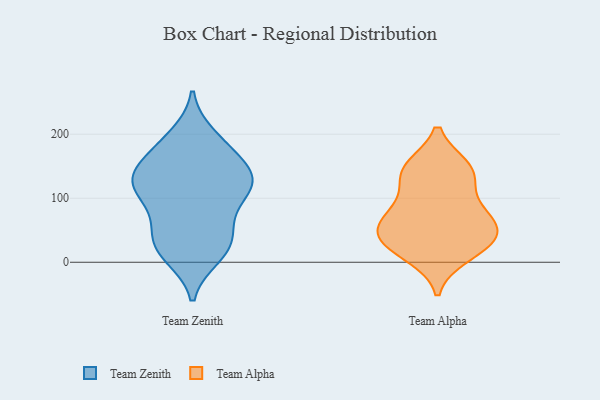
{"axis": {"x": "Humidity (%)", "y": "Value"}, "legend": ["Team Alpha", "Team Zenith"], "data": [{"x": "", "y": 151, "type": "Team Zenith"}, {"x": "", "y": 148, "type": "Team Zenith"}, {"x": "", "y": 71, "type": "Team Zenith"}, {"x": "", "y": 108, "type": "Team Zenith"}, {"x": "", "y": 123, "type": "Team Zenith"}, {"x": "", "y": 179, "type": "Team Zenith"}, {"x": "", "y": 185, "type": "Team Zenith"}, {"x": "", "y": 197, "type": "Team Zenith"}, {"x": "", "y": 140, "type": "Team Zenith"}, {"x": "", "y": 18, "type": "Team Zenith"}, {"x": "", "y": 119, "type": "Team Zenith"}, {"x": "", "y": 10, "type": "Team Zenith"}, {"x": "", "y": 34, "type": "Team Zenith"}, {"x": "", "y": 19, "type": "Team Zenith"}, {"x": "", "y": 115, "type": "Team Zenith"}, {"x": "", "y": 63, "type": "Team Zenith"}, {"x": "", "y": 130, "type": "Team Zenith"}, {"x": "", "y": 114, "type": "Team Zenith"}, {"x": "", "y": 39, "type": "Team Zenith"}, {"x": "", "y": 41, "type": "Team Alpha"}, {"x": "", "y": 125, "type": "Team Alpha"}, {"x": "", "y": 21, "type": "Team Alpha"}, {"x": "", "y": 76, "type": "Team Alpha"}, {"x": "", "y": 145, "type": "Team Alpha"}, {"x": "", "y": 41, "type": "Team Alpha"}, {"x": "", "y": 11, "type": "Team Alpha"}, {"x": "", "y": 84, "type": "Team Alpha"}, {"x": "", "y": 69, "type": "Team Alpha"}, {"x": "", "y": 54, "type": "Team Alpha"}, {"x": "", "y": 148, "type": "Team Alpha"}, {"x": "", "y": 145, "type": "Team Alpha"}, {"x": "", "y": 34, "type": "Team Alpha"}]}